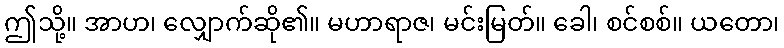
ဤသို့။ အာဟ၊ လျှောက်ဆို၏။ မဟာရာဇ၊ မင်းမြတ်။ ခေါ၊ စင်စစ်။ ယတော၊